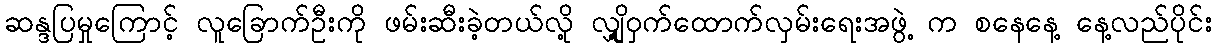
ဆန္ဒပြမှုကြောင့် လူခြောက်ဦးကို ဖမ်းဆီးခဲ့တယ်လို့ လျှို့ဝှက်ထောက်လှမ်းရေးအဖွဲ့ က စနေနေ့ နေ့လည်ပိုင်း